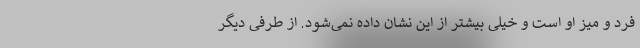
فرد و میز او است و خیلی بیشتر از این نشان داده نمی‌شود. از طرفی دیگر